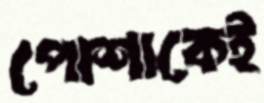
পোশাকেই